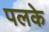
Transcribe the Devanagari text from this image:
पलके